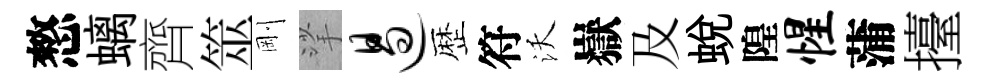
憗螭齊筮剛挲遏歴符沃嶽及蛻隍惺蒲擡